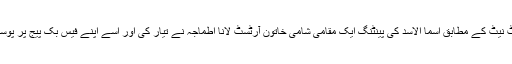
العربیہ ڈاٹ نیٹ کے مطابق اسما الاسد کی پینٹنگ ایک مقامی شامی خاتون آرٹسٹ لانا اطماجہ نے تیار کی اور اسے اپنے فیس بک پیج پر پوسٹ کیا تھا۔